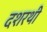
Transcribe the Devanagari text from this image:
दशरथी